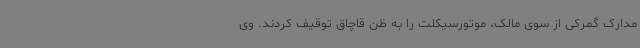
مدارک گمرکی از سوی مالک، موتورسیکلت را به ظن قاچاق توقیف کردند. وی